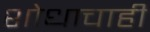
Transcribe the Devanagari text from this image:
शोधाचाही